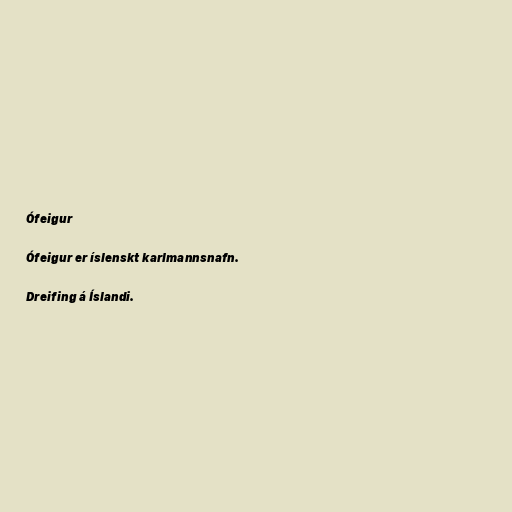
Ófeigur

Ófeigur er íslenskt karlmannsnafn.

Dreifing á Íslandi.